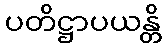
ပတိဋ္ဌာပယန္တိ